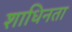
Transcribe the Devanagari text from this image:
शाधिनता